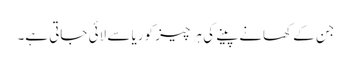
جن کے کھانےپینے کی ہر چیز کوریا سے لائی جاتی ہے۔